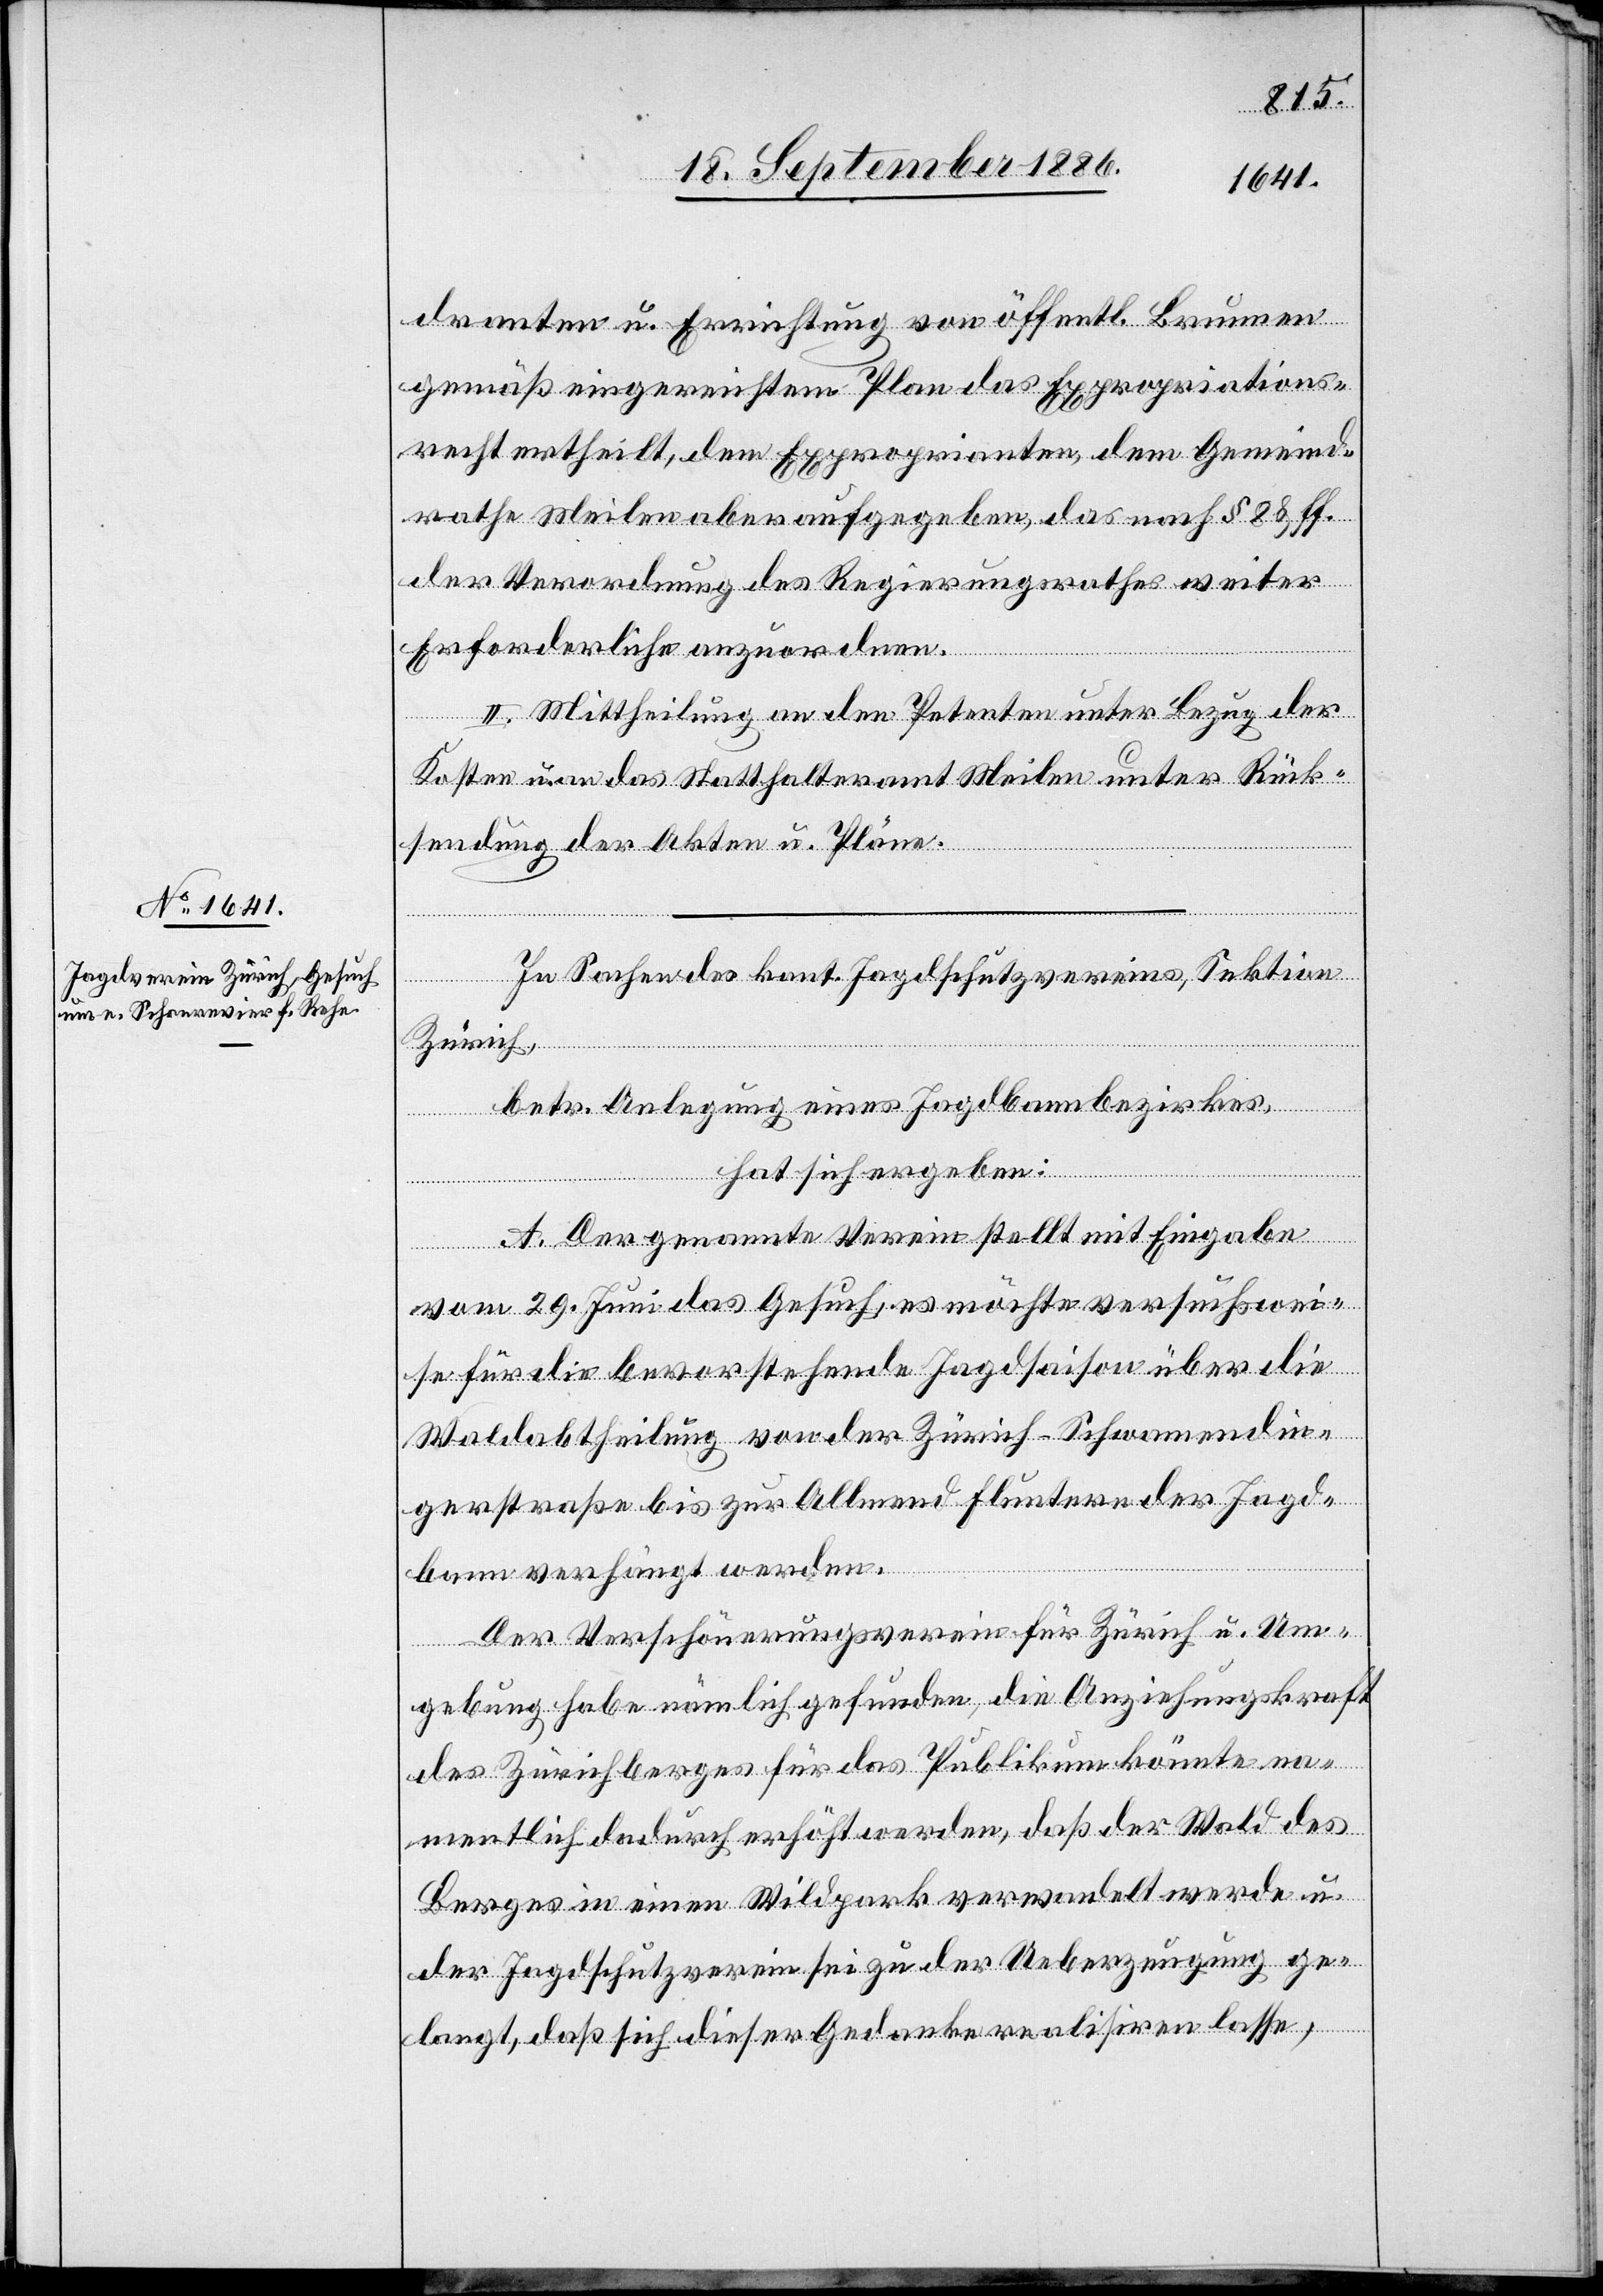
dranten u. Errichtung von öffentl. Brunnen
gemäß eingereichtem Plan das Expropriations¬
recht ertheilt, dem Exproprianten, dem Gemeind¬
rathe Meilen aber aufgegeben, das nach § 8 & ff.
der Verordnung des Regierungsrathes weiter
Erforderliche anzuordnen.
II. Mittheilung an den Petenten unter Bezug der
Kosten u. an das Statthalteramt Meilen unter Rück¬
sendung der Akten u. Pläne.
In Sachen des kant. Jagdschutzvereins, Sektion
Zürich,
betr. Anlegung eines Jagdbannbezirkes,
hat sich ergeben:
A. Der genannte Verein stellt mit Eingabe
vom 29. Juni das Gesuch, es möchte versuchswei¬
se für die bevorstehende Jagdsaison über die
Waldabtheilung von der Zürich–Schwamendin¬
gerstraße bis zur Allmend Fluntern der Jagd¬
bann verhängt werden.
Der Verschönerungsverein für Zürich u. Um¬
gebung habe nämlich gefunden, die Anziehungskraft
des Zürichberges für das Publikum könnte na¬
mentlich dadurch erhöht werden, daß der Wald des
Berges in einen Wildpark verwandelt werde u.
der Jagdschutzverein sei zu der Ueberzeugung ge¬
langt, daß sich dieser Gedanke realisiren lasse,